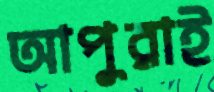
আপুরাই